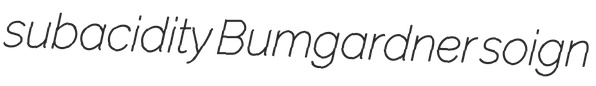
subacidity Bumgardner soign